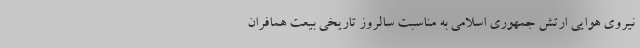
نیروی هوایی ارتش جمهوری اسلامی به مناسبت سالروز تاریخی بیعت همافران